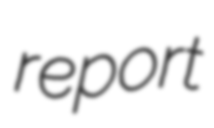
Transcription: report